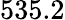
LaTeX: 535.2